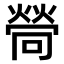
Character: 𤍔